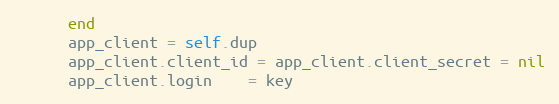
Language: Ruby
      end
      app_client = self.dup
      app_client.client_id = app_client.client_secret = nil
      app_client.login    = key